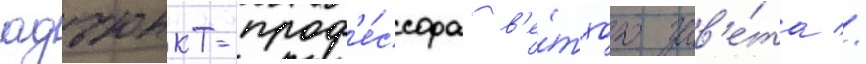
адъюнкт-проф'е́ссора в'е́тхого зав'е́та //